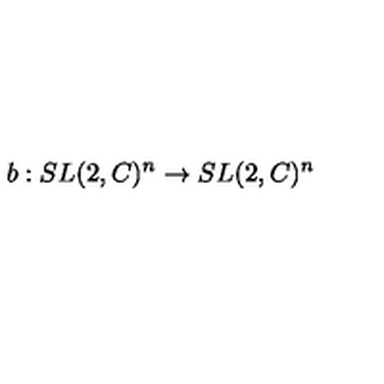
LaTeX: b : S L ( 2 , C ) ^ { n } \rightarrow S L ( 2 , C ) ^ { n }